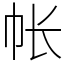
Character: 帐